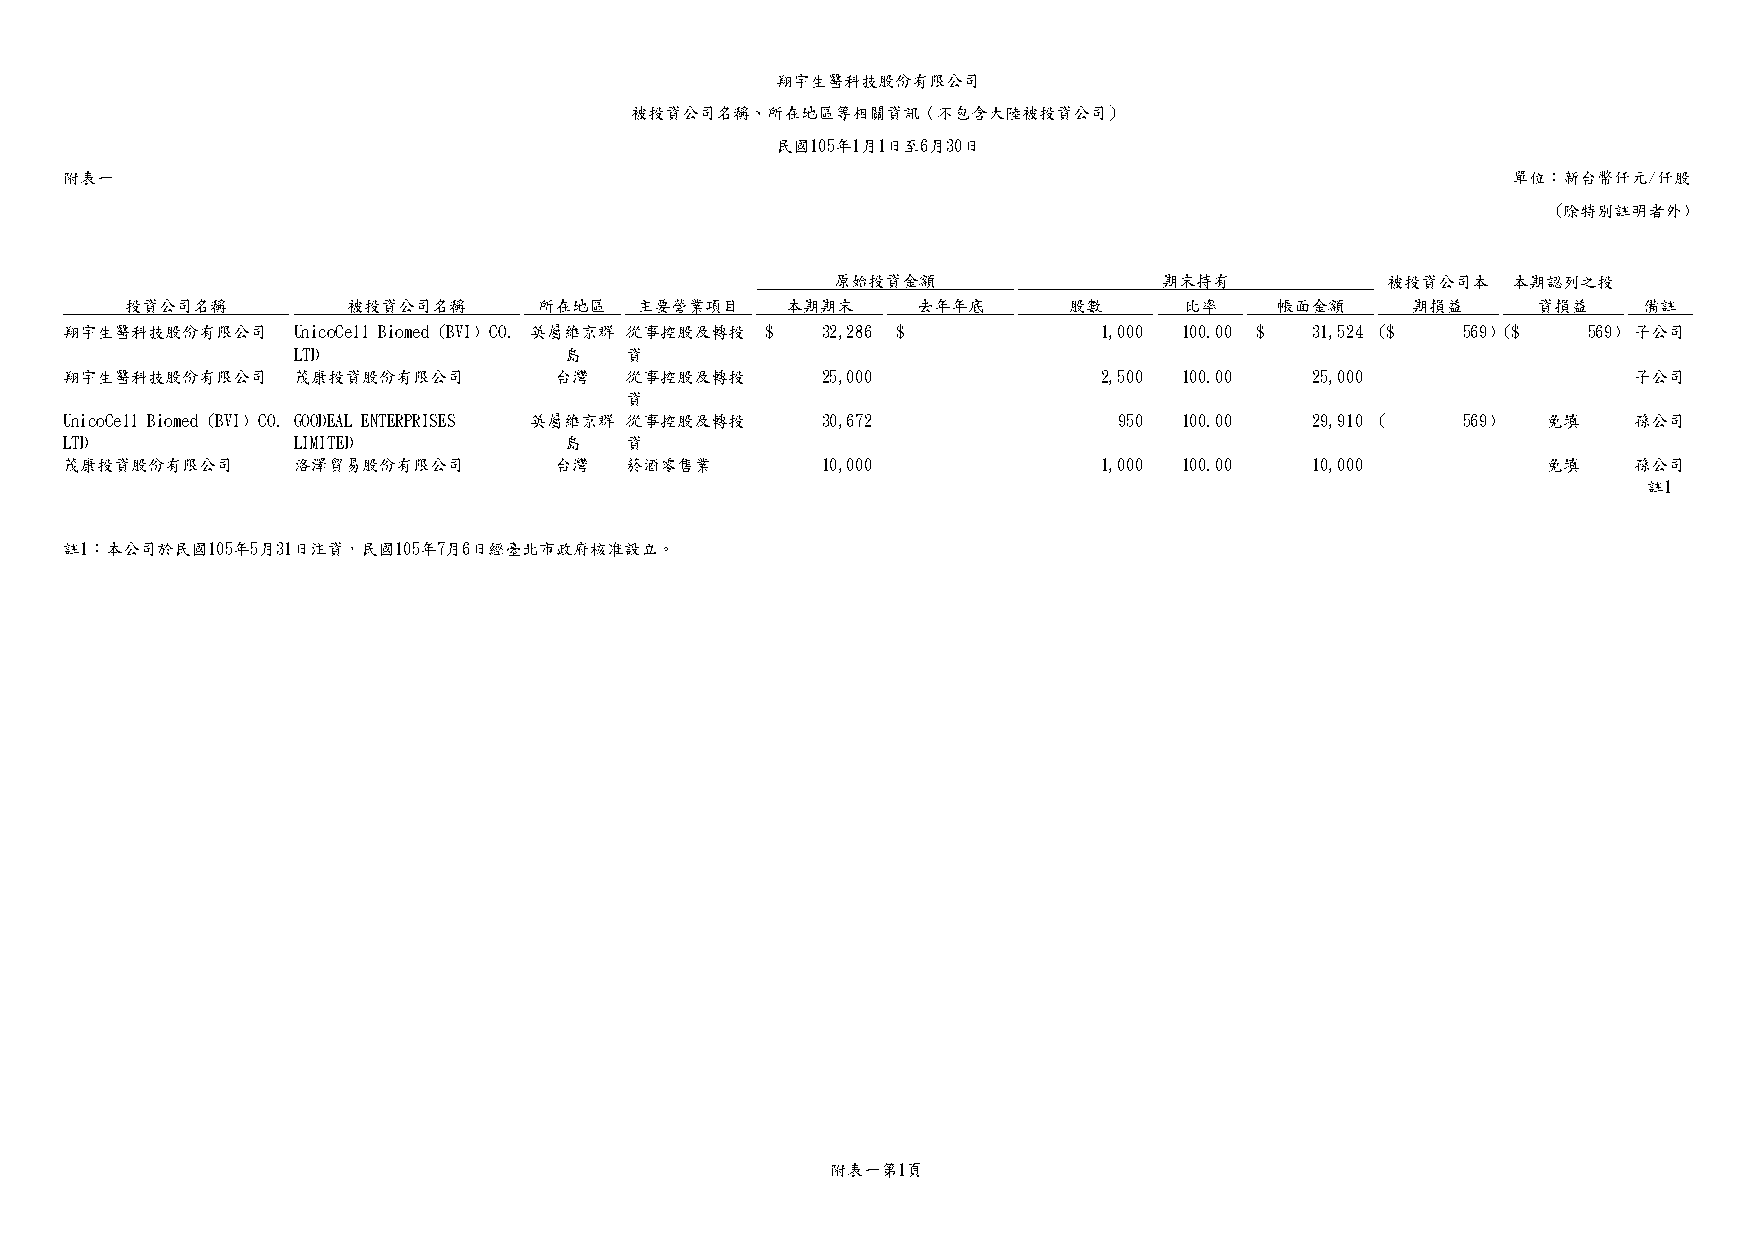
翔宇生醫科技股份有限公司
 被投資公司名稱、所在地區等相關資訊（不包含大陸被投資公司）
 民國105年1月1日至6月30日
 附表一                                                                                             單位：新台幣仟元/仟股
 (除特別註明者外)
 原始投資金額                期末持有           被投資公司本  本期認列之投
 投資公司名稱         被投資公司名稱      所在地區  主要營業項目    本期期末     去年年底      股數     比率    帳面金額     期損益      資損益    備註
 翔宇生醫科技股份有限公司   UnicoCell Biomed (BVI) CO. 英屬維京群 從事控股及轉投 $ 32,286 $ - 1,000 100.00 $ 31,524 ($ 569) ($ 569) 子公司
 LTD               島   資
 翔宇生醫科技股份有限公司   茂康投資股份有限公司        台灣  從事控股及轉投      25,000      -      2,500 100.00  25,000     -       - 子公司
 資
 UnicoCell Biomed (BVI) CO. GOODEAL ENTERPRISES 英屬維京群 從事控股及轉投 30,672 - 950 100.00   29,910 (  569) 免填    孫公司
 LTD            LIMITED           島   資
 茂康投資股份有限公司     洛澤貿易股份有限公司        台灣  菸酒零售業        10,000      -      1,000 100.00  10,000     -   免填    孫公司
 註1
 註1：本公司於民國105年5月31日注資，民國105年7月6日經臺北市政府核准設立。
 附表一第1頁